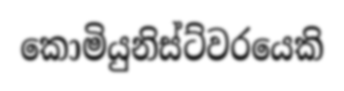
කොමියුනිස්ට්වරයෙකි